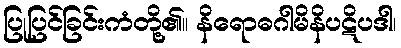
ပြုပြင်ခြင်းကံတို့၏။ နိရောဓဂါမိနိပဋိပဒါ၊